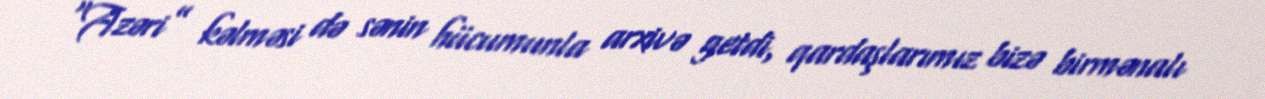
“Azəri” kəlməsi də sənin hücumunla arxivə getdi, qardaşlarımız bizə birmənalı